Vaccination in the Punjab 1897-1904 - 1897-1904
Year: 1897
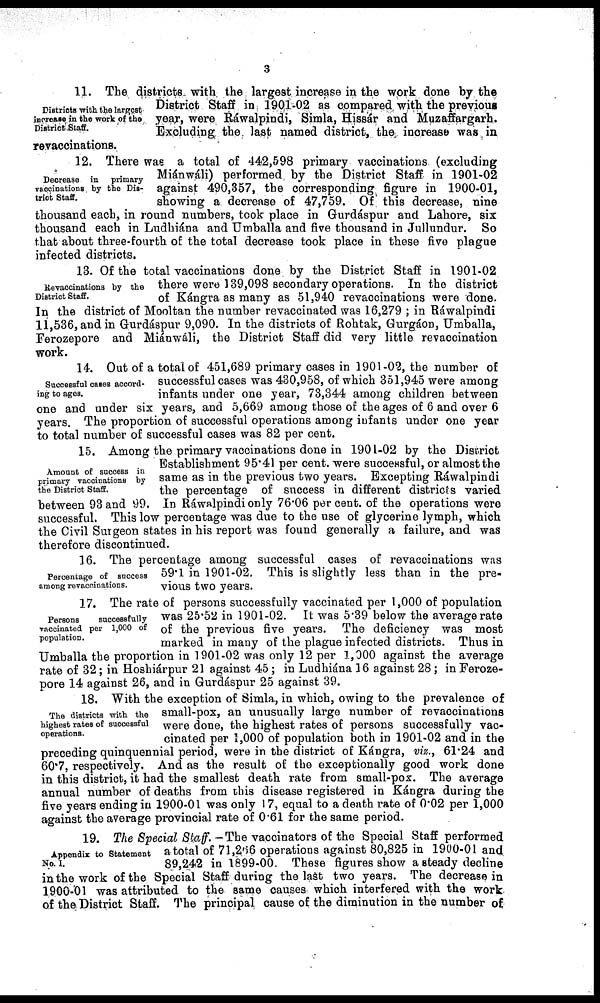
3
Districts with the largest
increase in the work of the
District Staff.
11. The districts with the largest increase in the work done by the
District Staff in 1901-02 as compared with the previous
year, were Ráwalpindi, Simla, Hissár and Muzaffargarh.
Excluding the last named district, the increase was in
revaccinations.
Decrease in
primary
vaccinations by the Dis-
trict Staff.
12. There was a total of 442,598 primary vaccinations (excluding
Miánwáli) performed by the District Staff in 1901-02
against 490,357, the corresponding figure in 1900-01,
showing a decrease of 47,759. Of this decrease, nine
thousand each, in round numbers, took place in Gurdáspur and Lahore, six
thousand each in Ludhiána and Umballa and five thousand in Jullundur. So
that about three-fourth of the total decrease took place in these five plague
infected districts.
Revaccinations by the
District Staff.
13. Of the total vaccinations done by the District Staff in 1901-02
there were 139,098 secondary operations. In the district
of Kángra as many as 51,940 revaccinations were done.
In the district of Mooltan the number revaccinated was 16,279 ; in Ráwalpindi
11,536, and in Gurdáspur 9,090. In the districts of Rohtak, Gurgáon, Umballa,
Ferozepore and Miánwáli, the District Staff did very little revaccination
work.
Successful cases accord-
ing to ages.
14. Out of a total of 451,689 primary cases in 1901-02, the number of
successful cases was 430,958, of which 351,945 were among
infants under one year, 73,344 among children between
one and under six years, and 5,669 among those of the ages of 6 and over 6
years. The proportion of successful operations among infants under one year
to total number of successful cases was 82 per cent.
Amount of success in
primary vaccinations by
the District Staff.
15. Among the primary vaccinations done in 1901-02 by the District
Establishment 95.41 per cent. were successful, or almost the
same as in the previous two years. Excepting Ráwalpindi
the percentage of success in different districts varied
between 93 and 99. In Ráwalpindi only 76.06 per cent. of the operations were
successful. This low percentage was due to the use of glycerine lymph, which
the Civil Surgeon states in his report was found generally a failure, and was
therefore discontinued.
Percentage of success
among revaccinations.
16. The percentage among successful cases of revaccinations was
59.1 in 1901-02. This is slightly less than in the pre-
vious two years.
Persons
successfully
vaccinated per 1,000 of
population.
17. The rate of persons successfully vaccinated per 1,000 of population
was 25.52 in 1901-02. It was 5.39 below the average rate
of the previous five years. The deficiency was most
marked in many of the plague infected districts. Thus in
Umballa the proportion in 1901-02 was only 12 per 1,000 against the average
rate of 32; in Hoshiárpur 21 against 45 ; in Ludhiána 16 against 28 ; in Feroze-
pore 14 against 26, and in Gurdáspur 25 against 39.
The districts with the
highest rates of successful
operations.
18. With the exception of Simla, in which, owing to the prevalence of
small-pox, an unusually large number of revaccinations
were done, the highest rates of persons successfully vac-
cinated per 1,000 of population both in 1901-02 and in the
preceding quinquennial period, were in the district of Kángra, viz., 61.24 and
60.7, respectively. And as the result of the exceptionally good work done
in this district, it had the smallest death rate from small-pox. The average
annual number of deaths from this disease registered in Kángra during the
five years ending in 1900-01 was only 17, equal to a death rate of 0.02 per 1,000
against the average provincial rate of 0.61 for the same period.
Appendix to Statement
No. I.
19. The Special Staff. -The vaccinators of the Special Staff performed
a total of 71,266 operations against 80,825 in 1900-01 and
89,242 in 1899-00. These figures show a steady decline
in the work of the Special Staff during the last two years. The decrease in
1900-01 was attributed to the same causes which interfered with the work
of the District Staff. The principal cause of the diminution in the number of